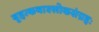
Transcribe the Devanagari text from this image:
बृहत्कथाश्लोकसंग्रहः